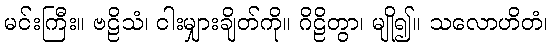
မင်းကြီး။ ဗဠိသံ၊ ငါးမျှားချိတ်ကို။ ဂိဠိတွာ၊ မျို၍။ သလောဟိတံ၊